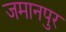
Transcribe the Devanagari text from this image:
जमानपुर